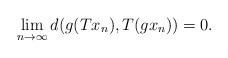
LaTeX: \begin{align*}\lim_{n\to \infty}d(g(Tx_n),T(gx_n))=0.\end{align*}